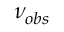
\nu _ { o b s }